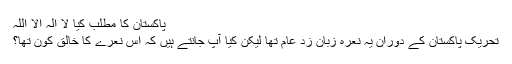
پاکستان کا مطلب کیا لا الہ الا اللہ
تحریک پاکستان کے دوران یہ نعرہ زبان زد عام تھا لیکن کیا آپ جانتے ہیں کہ اس نعرے کا خالق کون تھا؟